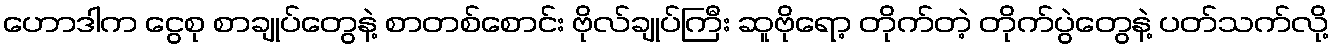
ဟောဒါက ငွေစု စာချုပ်တွေနဲ့ စာတစ်စောင်း ဗိုလ်ချုပ်ကြီး ဆူဗိုရော့ တိုက်တဲ့ တိုက်ပွဲတွေနဲ့ ပတ်သက်လို့